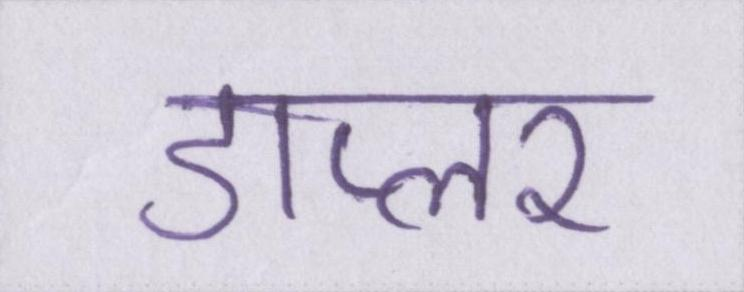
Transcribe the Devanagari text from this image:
डाप्लर